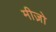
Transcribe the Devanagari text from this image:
मीज़ो